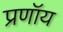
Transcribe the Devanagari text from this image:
प्रणॉय